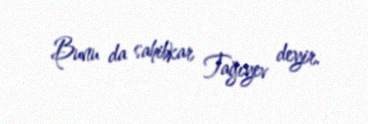
Bunu da sahibkar Tağıyev deyir.